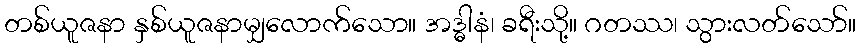
တစ်ယူဇနာ နှစ်ယူဇနာမျှလောက်သော။ အဒ္ဓါနံ၊ ခရီးသို့။ ဂတဿ၊ သွားလတ်သော်။